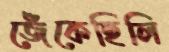
জেঁকেছিলি